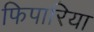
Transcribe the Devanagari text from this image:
फिपारिया